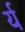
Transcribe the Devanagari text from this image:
र्य